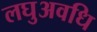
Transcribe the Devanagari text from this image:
लघुअवधि